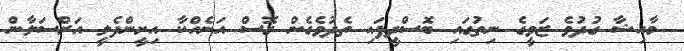
މާއިޝާ ގުދުވެ ޒަވީގެ ނިތުގައި ބޮސްދީފައި ތެދުވެގެން ގޮސް އަނެއްކާ އިށީންދެލީ އަރްސަލާން